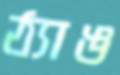
ঠ্যাঙ